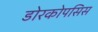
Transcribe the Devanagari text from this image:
डोरकोपसिस